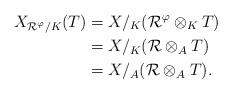
LaTeX: \begin{align*}X_{\mathcal{R}^\varphi/K}(T)&=X/_K(\mathcal{R}^\varphi\otimes_KT)\\&=X/_K(\mathcal{R}\otimes_AT)\\&=X/_A(\mathcal{R}\otimes_AT).\end{align*}